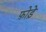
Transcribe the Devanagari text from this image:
फ़ोड़े